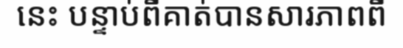
នេះ បន្ទាប់ពីគាត់បានសារភាពពី